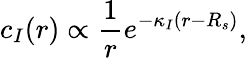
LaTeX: c_{I}(r)\propto\frac{1}{r}e^{-\kappa_{I}(r-R_{s})},